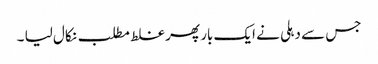
جس سے دہلی نے ایک بار پھر غلط مطلب نکال لیا ۔